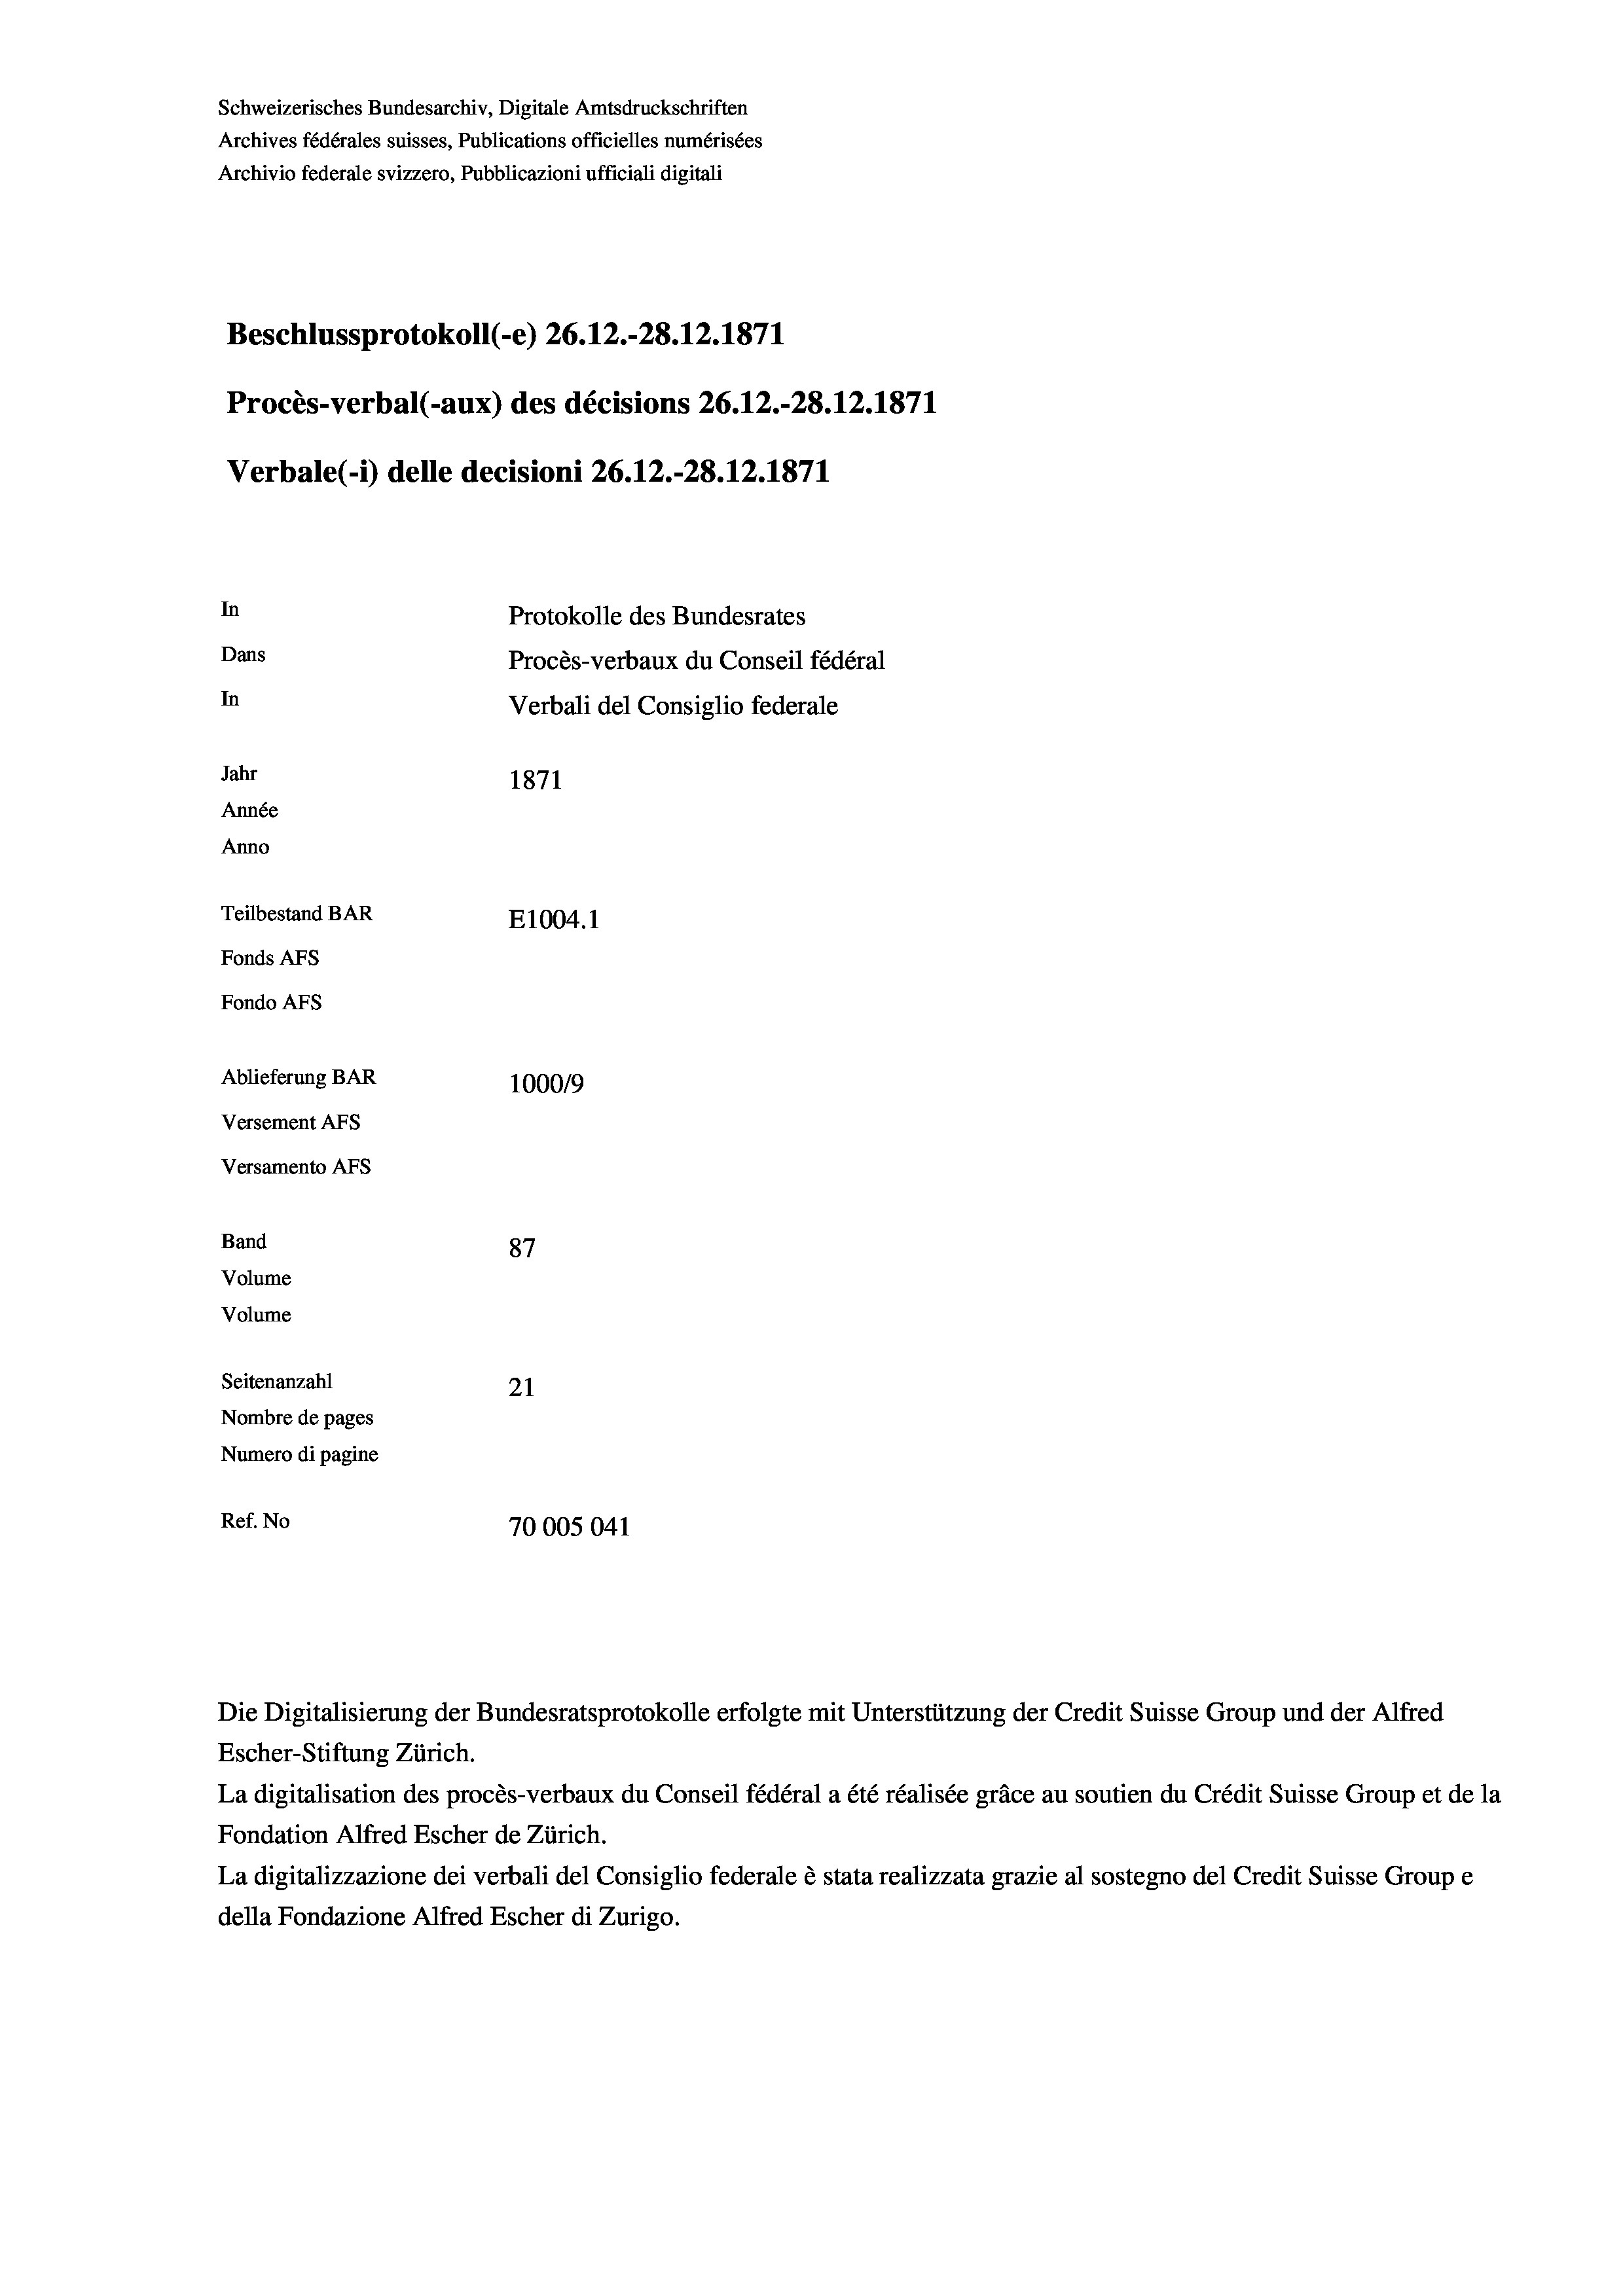
Schweizerisches Bundesarchiv, Digitale Amtsdruckschriften
Archives fédérales suisses, Publications officielles numérisées
Archivio federale svizzero, Pubblicazioni ufficiali digitali
Beschlussprotokoll (-e) 26.12.-28. 12. 1871
Procès-verbal (-aux) des décisions 26.12.-28.12.1871
Verbale (i) delle decisioni 26.12.-28.12.1871
In
Protokolle des Bundesrates
Dans
Procès-verbaux du Conseil fédéral
In
Verbali del Consiglio federale
Jahr
1871
Année
Anno
Teilbestand BAR
E1004.1
Fonds Afs
Fondo Afs
Ablieferung BAR
1000/9
Versement AFS
Versamento AFs
Band
87
Volume
Volume
Seitenanzahl
21
Nombre de pages
Numero di pagine
Ref. No
70005041

Die Digitalisierung der Bundesratsprotokolle erfolgte mit Unterstützung der Credit Suisse Group und der Alfred
Escher-Stiftung Zürich.
La digitalisation des procès-verbaux du Conseil fédéral a été réalisée gräce au soutien du Crédit Suisse Group et de la
Fondation Alfred Escher de Zürich.
La digitalizzazione dei verbali del Consiglio federale è stata realizzata grazie al sostegno del Credit Suisse Groupe
della Fondazione Alfred Escher di Zurigo.